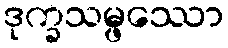
ဒုက္ခသမ္ဖဿော